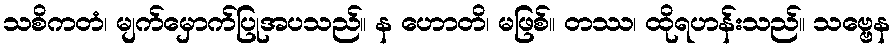
သစိကတံ၊ မျက်မှောက်ပြုအပသည်။ န ဟောတိ၊ မဖြစ်။ တဿ၊ ထိုရဟန်းသည်။ သဗ္ဗေန